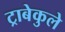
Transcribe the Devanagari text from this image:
ट्राबेकुले